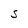
Character: S